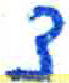
אות: צ